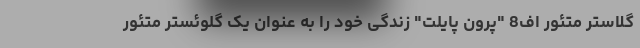
گلاستر متئور اف8 "پرون پایلت" زندگی خود را به عنوان یک گلوئستر متئور